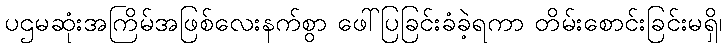
ပဌမဆုံးအကြိမ်အဖြစ်လေးနက်စွာ ဖေါ်ပြခြင်းခံခဲ့ရကာ တိမ်းစောင်းခြင်းမရှိ၊